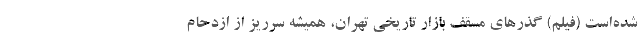
شده‌است (فیلم) گذرهای مسقف بازار تاریخی تهران، همیشه سرریز از ازدحام